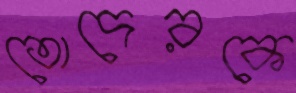
তোদেরকে